Report of the Indian Hemp Drugs Commission, 1894-1895 - Volume VII
Year: 1894
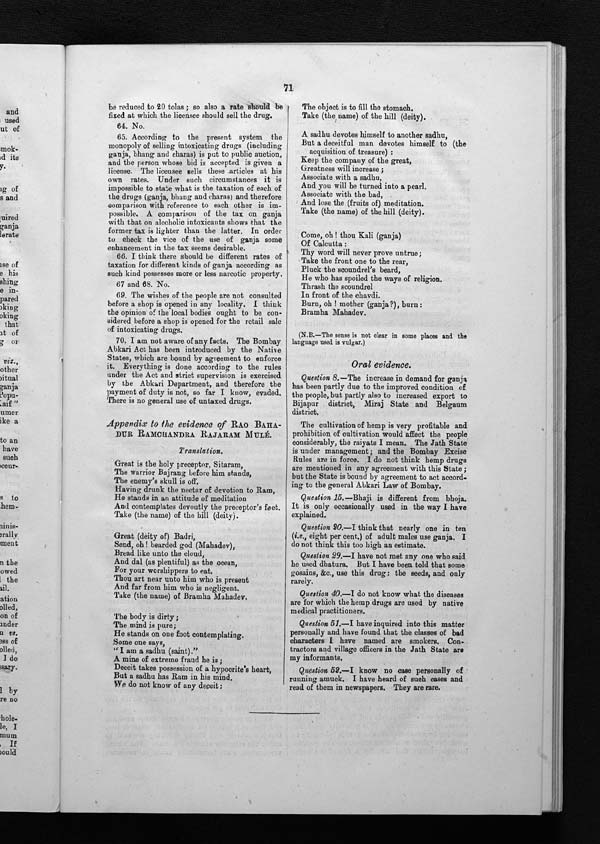
71
be reduced to 20 tolas ; so also a rate should be
fixed at which the licensee should sell the drug.
64. No.
65. According to the present system the
monopoly of selling intoxicating drugs (including
ganja, bhang and charas) is put to public auction,
and the person whose bid is accepted is given a
license. The licensee sells these articles at his
own rates. Under such circumstances it is
impossible to state what is the taxation of each of
the drugs (ganja, bhang and charas) and therefore
comparison with reference to each other is im
-
possible. A comparison of the tax on ganja
with that on alcoholic intoxicants shows that the
former tax is lighter than the latter. In order
to check the vice of the use of ganja some
enhancement in the tax seems desirable.
66. I think there should be different rates of
taxation for different kinds of ganja according as
such kind possesses more or less narcotic property.
67 and 68. No.
69. The wishes of the people are not consulted
before a shop is opened in any locality. I think
the opinion of the local bodies ought to be con
-
sidered before a shop is opened for the retail sale
of intoxicating drugs.
70. I am not aware of any facts. The Bombay
Abkari Act has been introduced by the Native
States, which are bound by agreement to enforce
it. Everything is done according to the rules
under the Act and strict supervision is exercised
by the Abkari Department, and therefore the
payment of duty is not, so far I know, evaded.
There is no general use of untaxed drugs.
Appendix to the evidence of RAO BAHA-
DUR
RAMCHANDRA RAJARAM MULÉ.
Translation.
Great is the holy preceptor, Sitaram
The warrior Bajrang before him stands,
The enemy's skull is off.
Having drunk the nectar of devotion to Ram,
He stands in an attitude of meditation
And contemplates devoutly the preceptor's feet.
Take (the name) of the hill (deity).
Great (deity of) Badri,
Send, oh! bearded god (Mahadev),
Bread like unto the cloud,
And dal (as plentiful) as the ocean,
For your worshippers to eat.
Thou art near unto him who is present
And far from him who is negligent.
Take (the name) of Bramha Mahadev.
The body is dirty;
The mind is pure;
He stands on one foot contemplating.
Some one says,
" I am a sadhu (saint)."
A mine of extreme fraud he is;
Deceit takes possession of a hypocrite's heart,
But a sadhu has Ram in his mind.
We do not know of any deceit;
The object is to fill the stomach.
Take (the name) of the hill (deity).
A sadhu devotes himself to another sadhu,
But a deceitful man devotes himself to (the
acquisition of treasure) :
Keep the company of the great,
Greatness will increase;
Associate with a sadhu,
And you will be turned into a pearl.
Associate with the bad,
And lose the (fruits of) meditation.
Take (the name) of the hill (deity).
Come, oh ! thou Kali (ganja)
Of Calcutta :
Thy word will never prove untrue;
Take the front one to the rear,
Pluck the scoundrel's beard,
He who has spoiled the ways of religion.
Thrash the scoundrel
In front of the chavdi.
Burn, oh ! mother (ganja?), burn :
Bramha Mahadev.
(N.B.—The sense is not clear in some places and the
language used is vulgar.)
Oral evidence.
Question 8.—The increase in demand for ganja
has been partly due to the improved condition of
the people, but partly also to increased export to
Bijapur district, Miraj State and Belgaum
district.
The cultivation of hemp is very profitable and
prohibition of cultivation would affect the people
considerably, the raiyats I mean. The Jath State
is under management; and the Bombay Excise
Rules are in force. I do not think hemp drugs
are mentioned in any agreement with this State ;
but the State is bound by agreement to act accord
-
ing to the general Abkari Law of Bombay.
Question 15 .—Bhaji is different from bhoja.
It is only occasionally used in the way I have
explained.
Question 20.—I think that nearly one in ten
(i.e., eight per cent.) of adult males use ganja. I
do not think this too high an estimate.
Question 29.—I have not met any one who said
he used dhatura. But I have been told that some
gosains, &c., use this drug : the seeds, and only
rarely.
Question 40.— I do not know what the diseases
are for which the hemp drugs are used by native
medical practitioners.
Question 51.—I have inquired into this matter
personally and have found that the classes of bad
characters I have named are smokers. Con
-
tractors and village officers in the Jath State are
my informants.
Question 52.-I know no case personally of
running amuck. I have heard of such cases and
read of them in newspapers. They are rare.